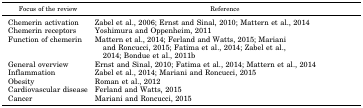
<table><thead><tr><td><b>Focus of the review</b></td><td colspan="8"><b>Reference</b></td></tr></thead><tbody><tr><td>Chemerin activation</td><td colspan="8">Zabel et al., 2006; Ernst and Sinal, 2010; Mattern et al., 2014</td></tr><tr><td>Chemerin receptors</td><td colspan="8">Yoshimura and Oppenheim, 2011</td></tr><tr><td>Function of chemerin</td><td>Mattern et al., 2014; Ferland and Watts, 2015; Mariani and Roncucci, 2015; Fatima et al., 2014; Zabel et al., 2014; Bondue et al., 2011b</td><td></td><td></td><td></td><td></td><td></td><td></td><td></td></tr><tr><td>General overview</td><td colspan="8">Ernst and Sinal, 2010; Fatima et al., 2014; Mattern et al., 2014</td></tr><tr><td>Inflammation</td><td colspan="8">Zabel et al., 2014; Mariani and Roncucci, 2015</td></tr><tr><td>Obesity</td><td colspan="8">Roman et al., 2012</td></tr><tr><td>Cardiovascular disease</td><td colspan="8">Ferland and Watts, 2015</td></tr><tr><td>Cancer</td><td colspan="8">Mariani and Roncucci, 2015</td></tr></tbody></table>